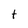
Character: t